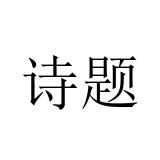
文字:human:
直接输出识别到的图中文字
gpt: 诗题